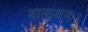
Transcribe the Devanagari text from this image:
वातायन।